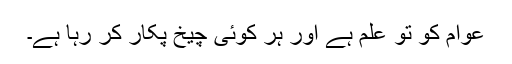
عوام کو تو علم ہے اور ہر کوئی چیخ پکار کر رہا ہے۔